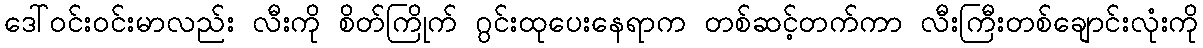
ဒေါ်ဝင်းဝင်းမာလည်း လီးကို စိတ်ကြိုက် ဂွင်းထုပေးနေရာက တစ်ဆင့်တက်ကာ လီးကြီးတစ်ချောင်းလုံးကို